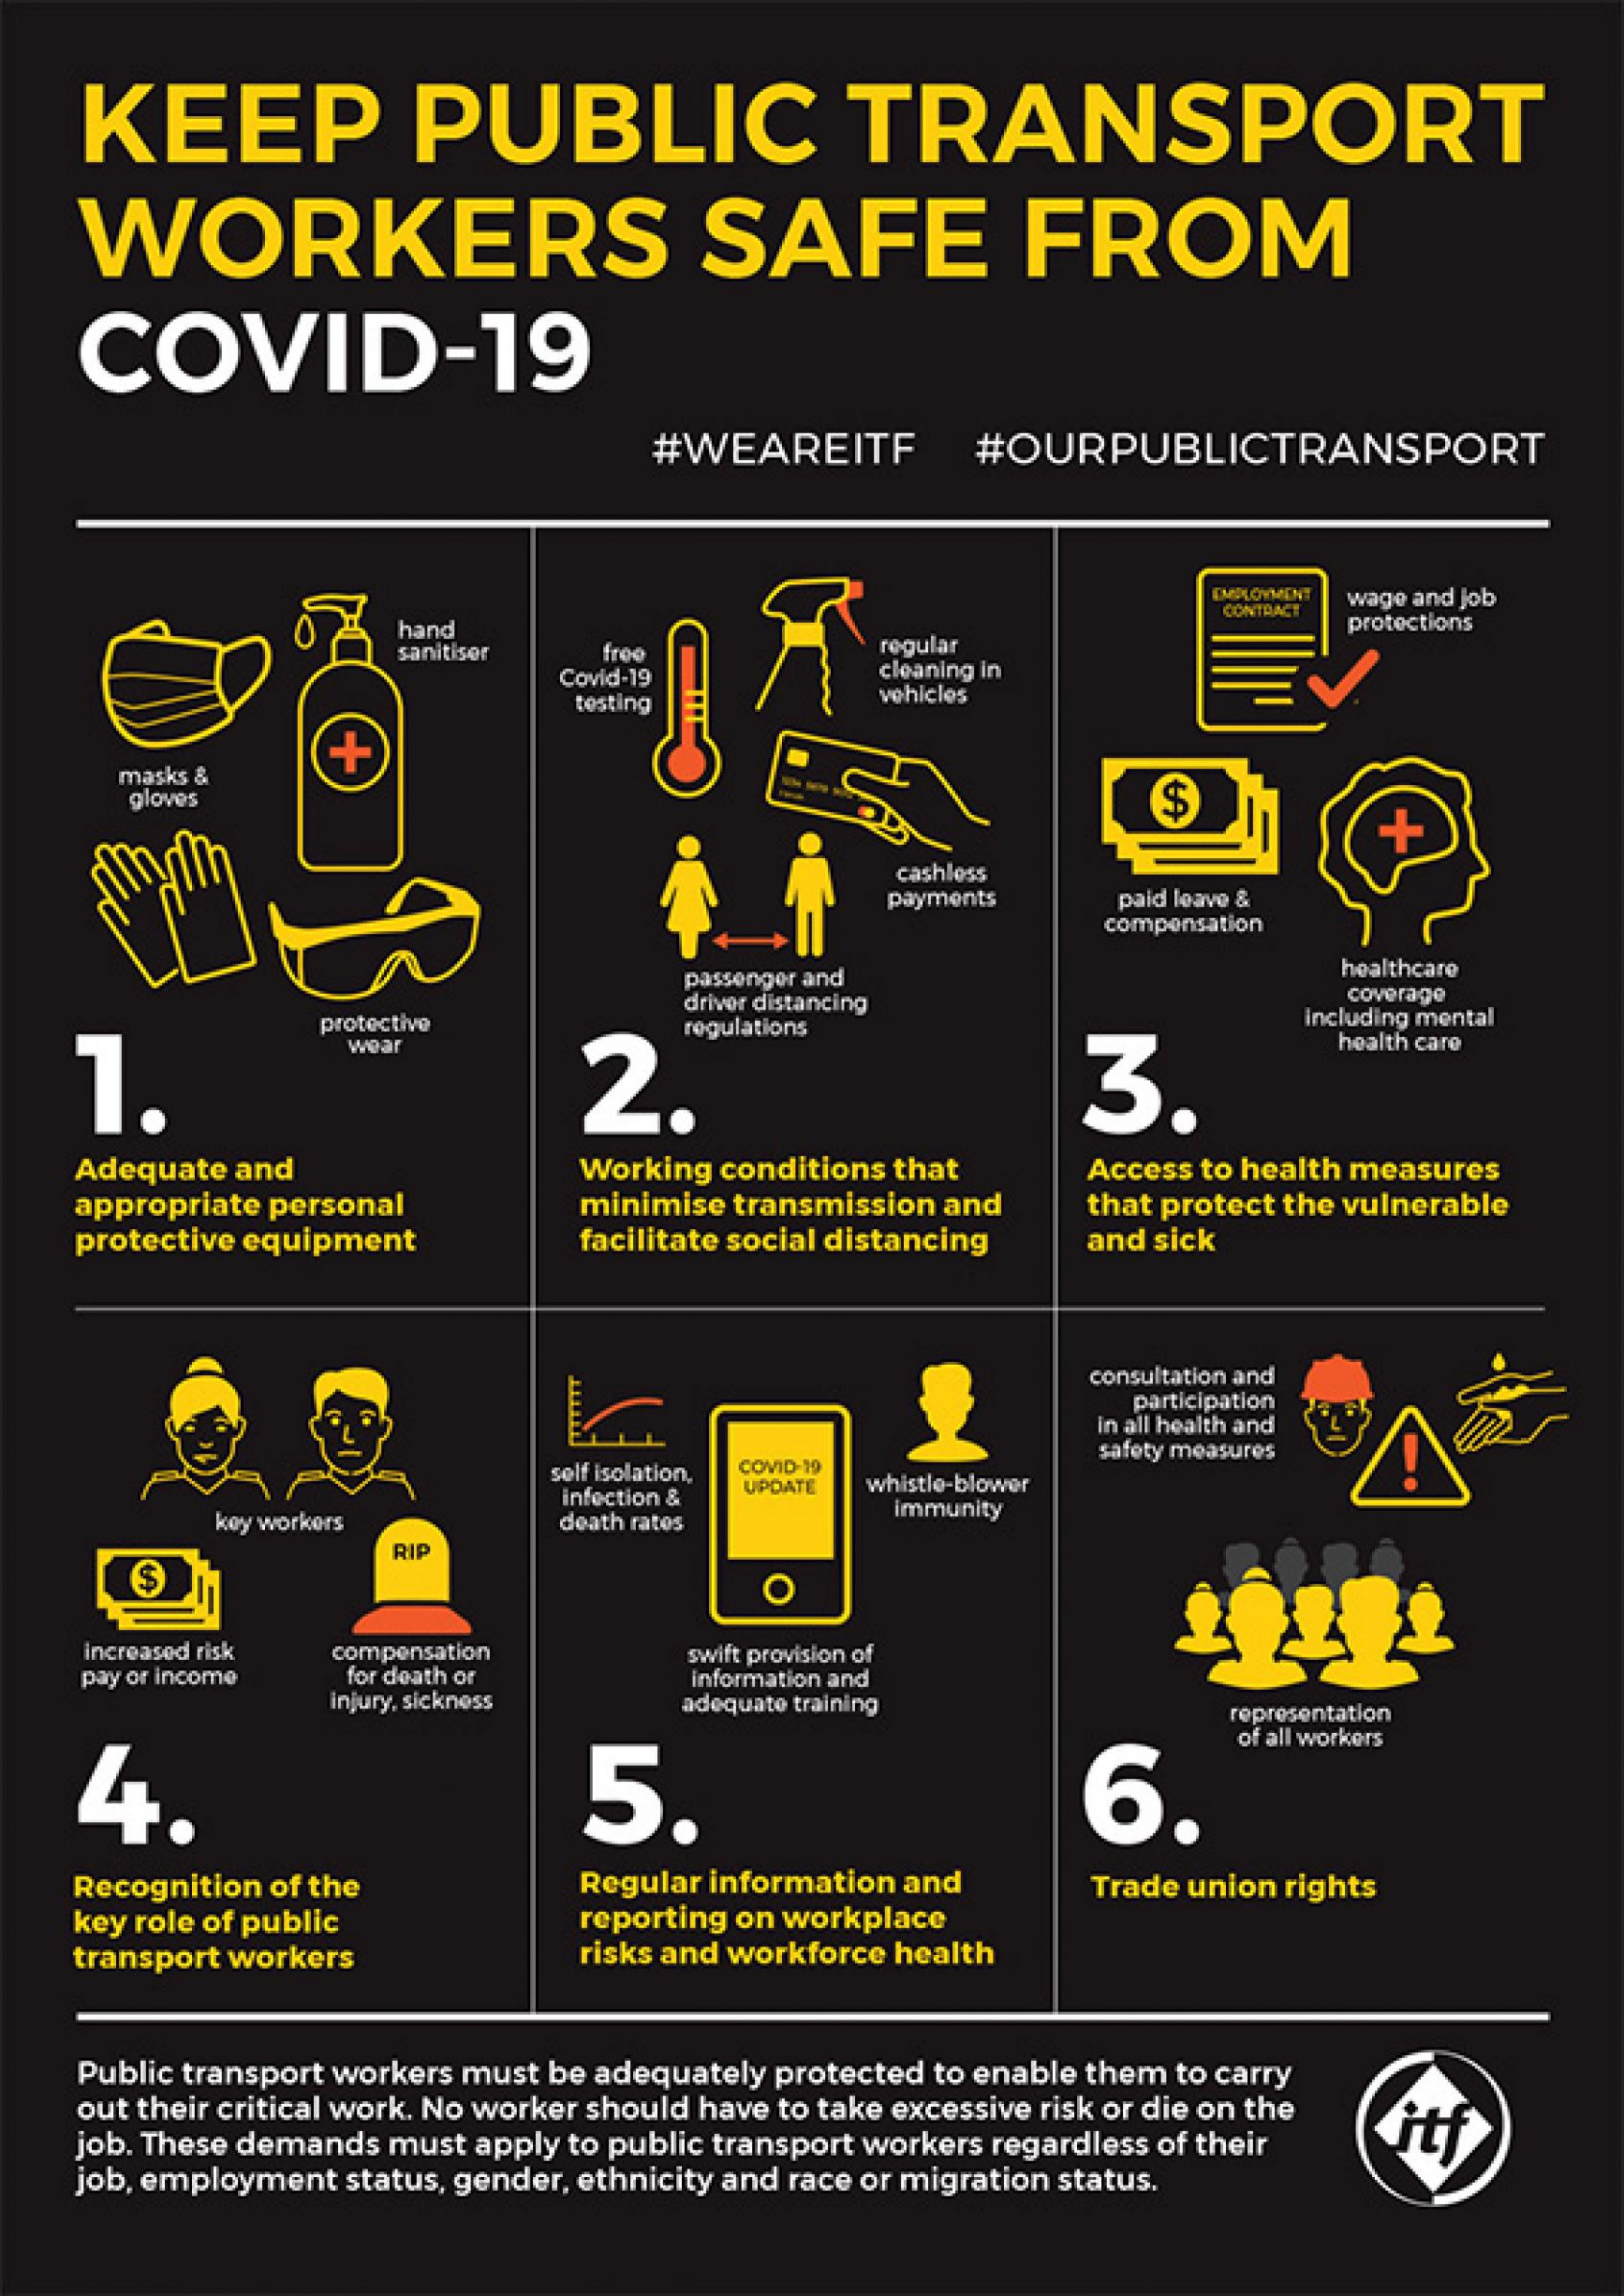
KEEP    PUBLIC    TRANSPORT
    WORKERS    SAFE    FROM
    COVID-19
     #WEAREITF    #OURPUBLICTRANSPORT
     EMPLOYMENT
     CONTRACT
     wage and Job
     hand
     sanitiser    regular
     protections
     froo
     Covid-19    cleaning in
     testing    vehicles
     masks &
     +
     gloves    $
     cashless
     payments   paid leave &
     compensation
     passenger and    healthcare
     driver distancing    coverage
     including mental
    1.
     protective
     wear
     2.
     regulations
     3.
     health care
    Adequate and    Working conditions that  Access to health measures
    appropriate personal    minimise transmission and
    protective equipment    facilitate social distancing
     that protect the vulnerable
     and sick
     consultation and
     participation
     in all health and
     self isolation, COVID-19
     safety measures
     UPDATE whistle-blower
     key workers
     infection &
     death rates
     immunity
     $
     RIP
     O
     increased risk compensation
    pay or income for death or
     swift provision of
     injury, sickness
     information and
     adequate training    representation
    4    5.    6.
     of all workers
    Recognition of the    Regular information and
    key role of public    reporting on workplace
     Trade union rights
    transport workers    risks and workforce health
    Public transport workers must be adequately protected to enable them to carry
    out their critical work. No worker should have to take excessive risk or die on the
    job. These demands must apply to public transport workers regardless of their itf
    job, employment status, gender, ethnicity and race or migration status.